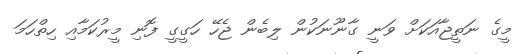
މީގެ ނަތީޖާއަކަށް ވަނީ ގާނޫނަކުން ލިބެން ޖެހޭ ހަގީގީ ފޮނި މީރުކަމާއި ހިތްހަމަ